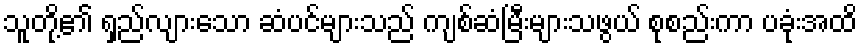
သူတို့၏ ရှည်လျားသော ဆံပင်များသည် ကျစ်ဆံမြီးများသဖွယ် စုစည်းကာ ပခုံးအထိ